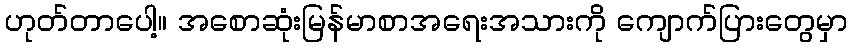
ဟုတ်တာပေါ့။ အစောဆုံးမြန်မာစာအရေးအသားကို ကျောက်ပြားတွေမှာ